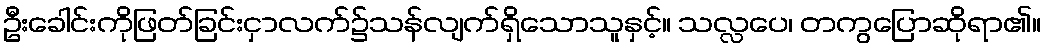
ဦးခေါင်းကိုဖြတ်ခြင်းငှာလက်၌သန်လျက်ရှိသောသူနှင့်။ သလ္လပေ၊ တကွပြောဆိုရာ၏။